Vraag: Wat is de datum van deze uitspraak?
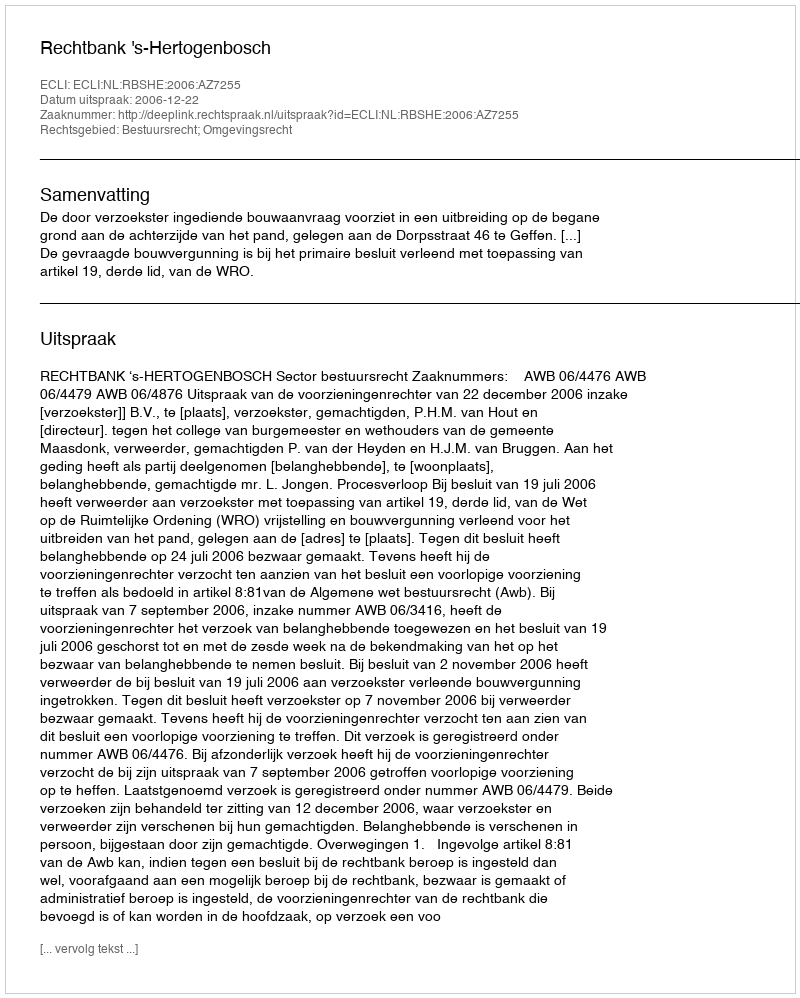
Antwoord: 2006-12-22